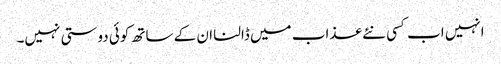
انہیں اب کسی نئے عذاب میں ڈالنا ان کے ساتھ کوئی دوستی نہیں۔